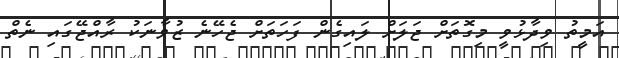
އަމީތު ވިދާޅުވީ މިގޮތަށް ޖަލަށް ލައިގެން ފަހަތަށް ޖެހޭނެ ޒުވާނަކު ރާއްޖޭގައި ނެތް